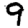
Digit: 9